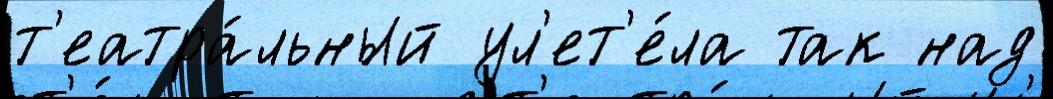
т'еатра́льный ул'ет'е́ла так над